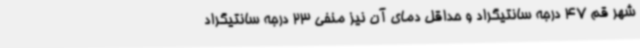
شهر قم 47 درجه سانتیگراد و حداقل دمای آن نیز منفی 23 درجه سانتیگراد